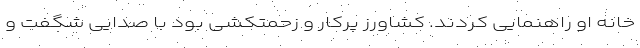
خانه او راهنمایی کردند. کشاورز پرکار و زحمتکشی بود با صدایی شگفت و